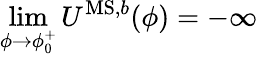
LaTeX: \operatorname*{lim}_{\phi\to\phi_{0}^{+}}U^{\mathrm{MS,}b}(\phi)=-\infty